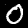
Digit: 0